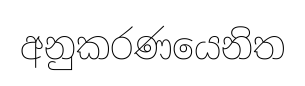
අනුකරණයෙනිත